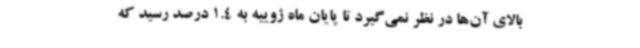
بالای آن‌ها در نظر نمی‌گیرد تا پایان ماه ژوییه به 1.4 درصد رسید که